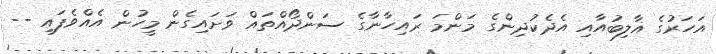
އަހަރުގެ ޣާލިބުއާއި އެދެކުދިންގެ މަންމަ ރައިހާނާގެ ސަންދޯއްތައް ވަށައިގެން މީހުން އެއްވެފައި --